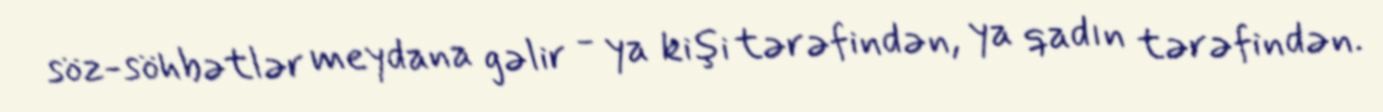
söz-söhbətlər meydana gəlir - ya kişi tərəfindən, ya qadın tərəfindən.